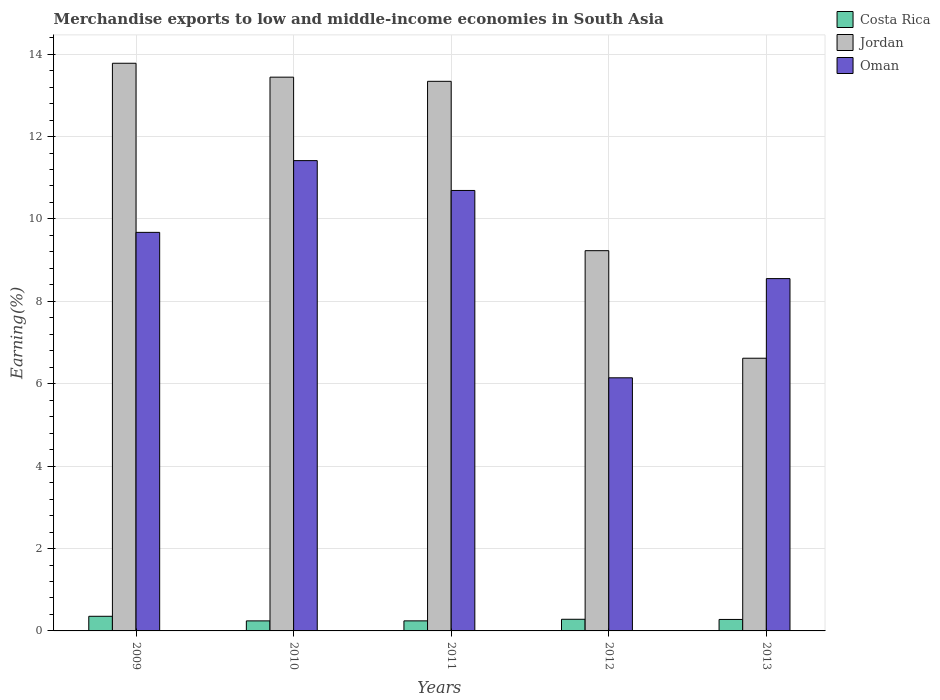
| Years | Costa Rica | Jordan | Oman |
 | --- | --- | --- | --- |
 | 2009 | 0.355 | 13.8 | 9.67 |
 | 2010 | 0.243 | 13.4 | 11.4 |
 | 2011 | 0.244 | 13.3 | 10.7 |
 | 2012 | 0.283 | 9.23 | 6.14 |
 | 2013 | 0.279 | 6.62 | 8.55 |